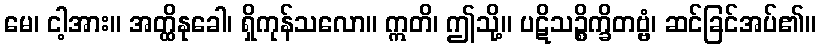
မေ၊ ငါ့အား။ အတ္ထိနုခေါ၊ ရှိကုန်သလော။ ဣတိ၊ ဤသို့။ ပဋိသဉ္စိက္ခိတဗ္ဗံ၊ ဆင်ခြင်အပ်၏။